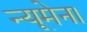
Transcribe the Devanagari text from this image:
न्यूमेना